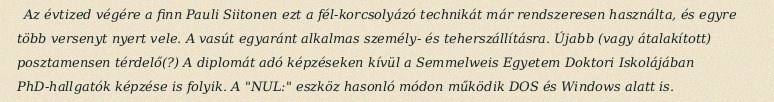
Az évtized végére a finn Pauli Siitonen ezt a fél-korcsolyázó technikát már rendszeresen használta, és egyre több versenyt nyert vele. A vasút egyaránt alkalmas személy- és teherszállításra. Újabb (vagy átalakított) posztamensen térdelő(?) A diplomát adó képzéseken kívül a Semmelweis Egyetem Doktori Iskolájában PhD-hallgatók képzése is folyik. A "NUL:" eszköz hasonló módon működik DOS és Windows alatt is.